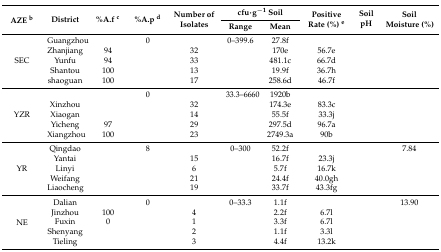
<table><thead><tr><td rowspan="2"><b>AZE <sup>b</sup></b></td><td rowspan="2"><b>District</b></td><td rowspan="2"><b>%A.f <sup>c</sup></b></td><td rowspan="2"><b>%A.p <sup>d</sup></b></td><td rowspan="2"><b>Number of Isolates</b></td><td colspan="2"><b>cfu·g<sup>−1</sup> Soil</b></td><td rowspan="2"><b>Positive Rate (%) <sup>e</sup></b></td><td rowspan="2"><b>Soil pH</b></td><td rowspan="2"><b>Soil Moisture (%)</b></td></tr><tr><td><b>Range</b></td><td><b>Mean</b></td></tr></thead><tbody><tr><td rowspan="5">SEC</td><td>Guangzhou</td><td>[EMPTY_CELL]</td><td>0</td><td>[EMPTY_CELL]</td><td>0–399.6</td><td>27.8f</td><td>[EMPTY_CELL]</td><td>[EMPTY_CELL]</td><td>[EMPTY_CELL]</td></tr><tr><td>Zhanjiang</td><td>94</td><td>[EMPTY_CELL]</td><td>32</td><td>[EMPTY_CELL]</td><td>170e</td><td>56.7e</td><td>[EMPTY_CELL]</td><td>[EMPTY_CELL]</td></tr><tr><td>Yunfu</td><td>94</td><td>[EMPTY_CELL]</td><td>33</td><td>[EMPTY_CELL]</td><td>481.1c</td><td>66.7d</td><td>[EMPTY_CELL]</td><td>[EMPTY_CELL]</td></tr><tr><td>Shantou</td><td>100</td><td>[EMPTY_CELL]</td><td>13</td><td>[EMPTY_CELL]</td><td>19.9f</td><td>36.7h</td><td>[EMPTY_CELL]</td><td>[EMPTY_CELL]</td></tr><tr><td>shaoguan</td><td>100</td><td>[EMPTY_CELL]</td><td>17</td><td>[EMPTY_CELL]</td><td>258.6d</td><td>46.7f</td><td>[EMPTY_CELL]</td><td>[EMPTY_CELL]</td></tr><tr><td rowspan="5">YZR</td><td>[EMPTY_CELL]</td><td>[EMPTY_CELL]</td><td>0</td><td>[EMPTY_CELL]</td><td>33.3–6660</td><td>1920b</td><td>[EMPTY_CELL]</td><td>[EMPTY_CELL]</td><td>[EMPTY_CELL]</td></tr><tr><td>Xinzhou</td><td>[EMPTY_CELL]</td><td>[EMPTY_CELL]</td><td>32</td><td>[EMPTY_CELL]</td><td>174.3e</td><td>83.3c</td><td>[EMPTY_CELL]</td><td>[EMPTY_CELL]</td></tr><tr><td>Xiaogan</td><td>[EMPTY_CELL]</td><td>[EMPTY_CELL]</td><td>14</td><td>[EMPTY_CELL]</td><td>55.5f</td><td>33.3j</td><td>[EMPTY_CELL]</td><td>[EMPTY_CELL]</td></tr><tr><td>Yicheng</td><td>97</td><td>[EMPTY_CELL]</td><td>29</td><td>[EMPTY_CELL]</td><td>297.5d</td><td>96.7a</td><td>[EMPTY_CELL]</td><td>[EMPTY_CELL]</td></tr><tr><td>Xiangzhou</td><td>100</td><td>[EMPTY_CELL]</td><td>23</td><td>[EMPTY_CELL]</td><td>2749.3a</td><td>90b</td><td>[EMPTY_CELL]</td><td>[EMPTY_CELL]</td></tr><tr><td rowspan="5">YR</td><td>Qingdao</td><td>[EMPTY_CELL]</td><td>8</td><td>[EMPTY_CELL]</td><td>0–300</td><td>52.2f</td><td>[EMPTY_CELL]</td><td>[EMPTY_CELL]</td><td>7.84</td></tr><tr><td>Yantai</td><td>[EMPTY_CELL]</td><td>[EMPTY_CELL]</td><td>15</td><td>[EMPTY_CELL]</td><td>16.7f</td><td>23.3j</td><td>[EMPTY_CELL]</td><td>[EMPTY_CELL]</td></tr><tr><td>Linyi</td><td>[EMPTY_CELL]</td><td>[EMPTY_CELL]</td><td>6</td><td>[EMPTY_CELL]</td><td>5.7f</td><td>16.7k</td><td>[EMPTY_CELL]</td><td>[EMPTY_CELL]</td></tr><tr><td>Weifang</td><td>[EMPTY_CELL]</td><td>[EMPTY_CELL]</td><td>21</td><td>[EMPTY_CELL]</td><td>24.4f</td><td>40.0gh</td><td>[EMPTY_CELL]</td><td>[EMPTY_CELL]</td></tr><tr><td>Liaocheng</td><td>[EMPTY_CELL]</td><td>[EMPTY_CELL]</td><td>19</td><td>[EMPTY_CELL]</td><td>33.7f</td><td>43.3fg</td><td>[EMPTY_CELL]</td><td>[EMPTY_CELL]</td></tr><tr><td rowspan="5">NE</td><td>Dalian</td><td>[EMPTY_CELL]</td><td>0</td><td>[EMPTY_CELL]</td><td>0–33.3</td><td>1.1f</td><td>[EMPTY_CELL]</td><td>[EMPTY_CELL]</td><td>13.90</td></tr><tr><td>Jinzhou</td><td>100</td><td>[EMPTY_CELL]</td><td>4</td><td>[EMPTY_CELL]</td><td>2.2f</td><td>6.7l</td><td>[EMPTY_CELL]</td><td>[EMPTY_CELL]</td></tr><tr><td>Fuxin</td><td>0</td><td>[EMPTY_CELL]</td><td>1</td><td>[EMPTY_CELL]</td><td>3.3f</td><td>6.7l</td><td>[EMPTY_CELL]</td><td>[EMPTY_CELL]</td></tr><tr><td>Shenyang</td><td>[EMPTY_CELL]</td><td>[EMPTY_CELL]</td><td>2</td><td>[EMPTY_CELL]</td><td>1.1f</td><td>3.3l</td><td>[EMPTY_CELL]</td><td>[EMPTY_CELL]</td></tr><tr><td>Tieling</td><td>[EMPTY_CELL]</td><td>[EMPTY_CELL]</td><td>3</td><td>[EMPTY_CELL]</td><td>4.4f</td><td>13.2k</td><td>[EMPTY_CELL]</td><td>[EMPTY_CELL]</td></tr></tbody></table>